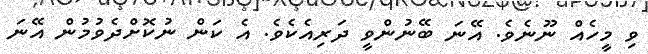
ވި މީހެއް ނޫނެވެ. އޭނަ ބޭނުންވީ ދަރިއެކެވެ. އެ ކަން ނުކޮށްދެވުމުން އޭނަ